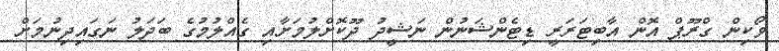
ވޯކިން ގްރޫޕް އޮން އާބިޓަރަރީ ޑިޓެންޝަނުން ނަޝީދު ދޫކޮށްލުމަށާއި ގެއްލުމުގެ ބަދަލު ނަގައިދިނުމަށް